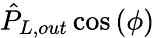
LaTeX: \hat{P}_{L,out}\cos{(\phi)}